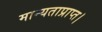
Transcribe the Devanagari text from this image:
मान्यताप्राप्त।